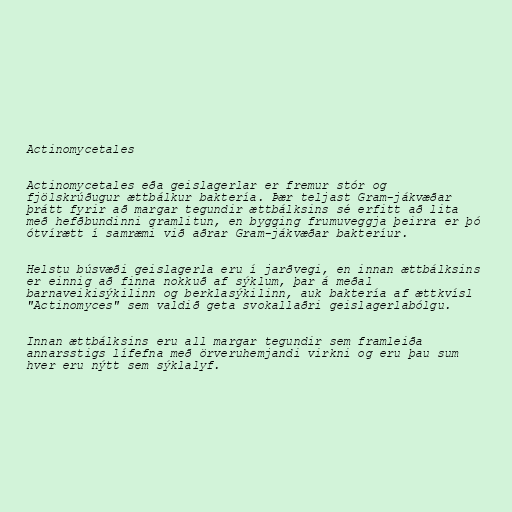
Actinomycetales

Actinomycetales eða geislagerlar er fremur stór og
fjölskrúðugur ættbálkur baktería. Þær teljast Gram-jákvæðar
þrátt fyrir að margar tegundir ættbálksins sé erfitt að lita
með hefðbundinni gramlitun, en bygging frumuveggja þeirra er þó
ótvírætt í samræmi við aðrar Gram-jákvæðar bakteríur.

Helstu búsvæði geislagerla eru í jarðvegi, en innan ættbálksins
er einnig að finna nokkuð af sýklum, þar á meðal
barnaveikisýkilinn og berklasýkilinn, auk baktería af ættkvísl
"Actinomyces" sem valdið geta svokallaðri geislagerlabólgu.

Innan ættbálksins eru all margar tegundir sem framleiða
annarsstigs lífefna með örveruhemjandi virkni og eru þau sum
hver eru nýtt sem sýklalyf.